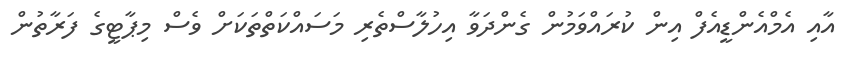
އާއި އެމްއެންޑީއެފް އިން ކުރައްވަމުން ގެންދަވާ އިހުލާސްތެރި މަސައްކަތްތަކަށް ވެސް މިޕާޓީގެ ފަރާތުން